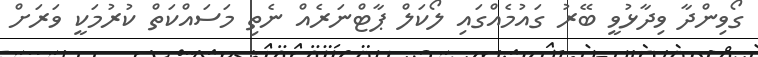
ގޯވިންދާ ވިދާޅުވީ ބޭރު ގައުމެއްގައި ލޯކަލް ޕާޓްނަރެއް ނެތި މަސައްކަތް ކުރުމަކީ ވަރަށް